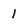
Character: 1